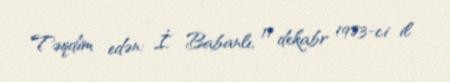
Təqdim edən: İ. Babanlı, 11 dekabr 1983-ci il